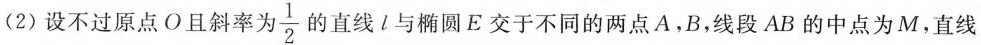
(2)设不过原点O且斜率为 \frac{ 1 }{ 2 } 的直线l与椭圆E交于不同的两点A，B，线段AB的中点为M，直线